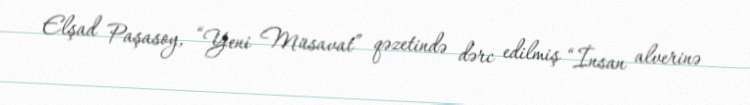
Elşad Paşasoy, “Yeni Müsavat” qəzetində dərc edilmiş “İnsan alverinə